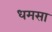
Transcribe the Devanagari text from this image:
धमसा